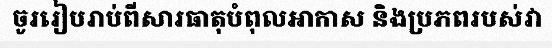
ចូររៀបរាប់ពីសារធាតុបំពុលអាកាស និងប្រភពរបស់វា